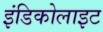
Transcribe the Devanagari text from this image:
इंडिकोलाइट